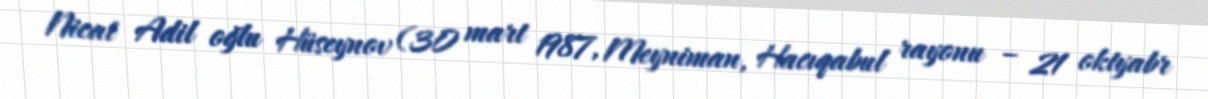
Nicat Adil oğlu Hüseynov (30 mart 1987, Meyniman, Hacıqabul rayonu – 21 oktyabr